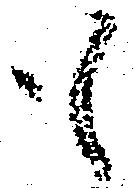
も